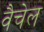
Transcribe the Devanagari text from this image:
वैचेल